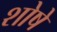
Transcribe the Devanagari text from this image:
शोषे